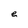
Character: e